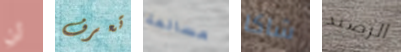
لن تعرف مسالمة شاكا الرصيد